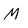
Character: M